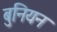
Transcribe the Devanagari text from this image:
बुनियन